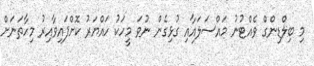
މި ބިލްޑިންގް ވެއްޓުނު މައްސަލައާއި ގުޅިގެން ނުވަ މީހަކު ހައްޔަރު ކޮށްފައިވާއިރު މިހާތަނަށް